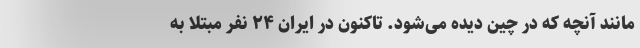
مانند آنچه که در چین دیده می‌شود. تاکنون در ایران ۲۴ نفر مبتلا به